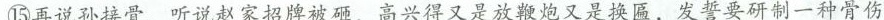
⑮再说孙接骨，听说赵家招牌被砸，高兴得又是放鞭炮又是换匾额，发誓要研制一种骨伤